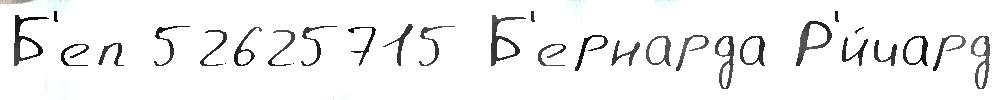
Б'еп 52625715 Б'ернарда Р'и́чард